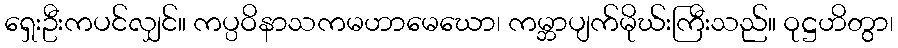
ရှေးဦးကပင်လျှင်။ ကပ္ပဝိနာသကမဟာမေဃော၊ ကမ္ဘာပျက်မိုဃ်းကြီးသည်။ ဝုဋ္ဌဟိတွာ၊